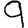
Digit: 9